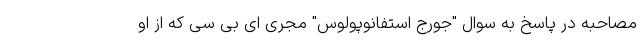
مصاحبه در پاسخ به سوال "جورج استفانوپولوس" مجری ای بی سی که از او